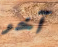
آخر